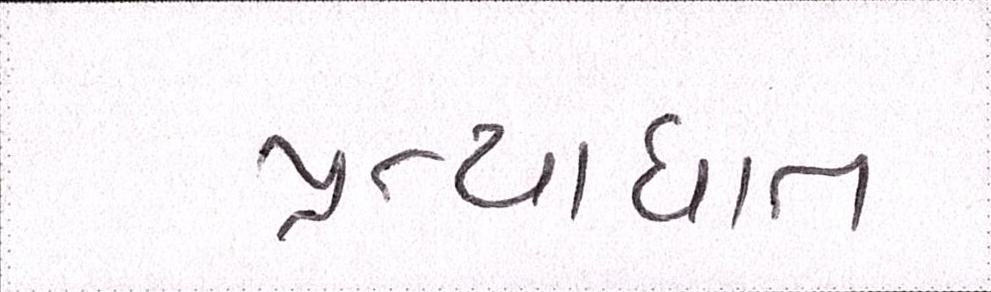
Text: પ્રત્યાઘાત